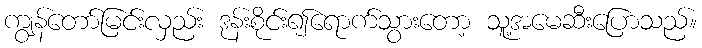
ကျွန်တော်မြင်းလှည်း ဒုန်းစိုင်း၍ရောက်သွားတော့ သူ့အမေဆီးပြောသည်။